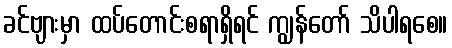
ခင်ဗျားမှာ ထပ်တောင်းစရာရှိရင် ကျွန်တော် သိပါရစေ။